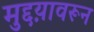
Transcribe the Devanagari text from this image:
मुद्दय़ावरून